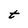
Character: t